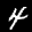
Label: 4